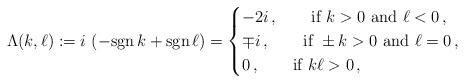
\begin{align*}\Lambda(k,\ell):=i\,\left(-{\rm sgn}\,k+{\rm sgn}\,\ell\right)=\begin{cases}-2i\,,\qquad\mbox{if}\,\,k>0\,\,\mbox{and}\,\,\ell<0\,,\\\mp i\,,\qquad\mbox{if}\,\,\pm k>0\,\,\mbox{and}\,\,\ell=0\,,\\0\,,\qquad\mbox{if}\,\,k\ell>0\,,\end{cases}\end{align*}